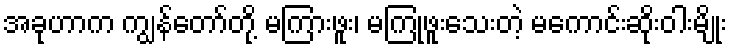
အခုဟာက ကျွန်တော်တို့ မကြားဖူး၊ မကြုံဖူးသေးတဲ့ မကောင်းဆိုးဝါးမျိုး